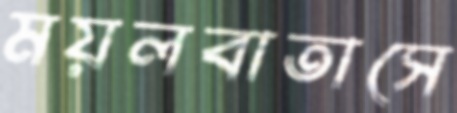
ময়লবাতাসে